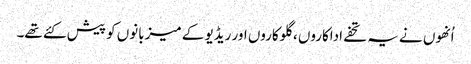
اُنھوں نے یہ تحفے اداکاروں ، گلوکاروں اور ریڈیو کے میزبانوں کو پیش کئے تھے۔